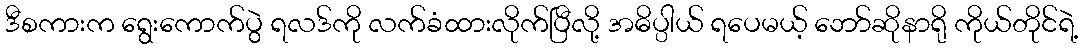
ဒီစကားက ရွေးကောက်ပွဲ ရလဒ်ကို လက်ခံထားလိုက်ပြီလို့ အဓိပ္ပါယ် ရပေမယ့် ဘော်ဆိုနာရို ကိုယ်တိုင်ရဲ့